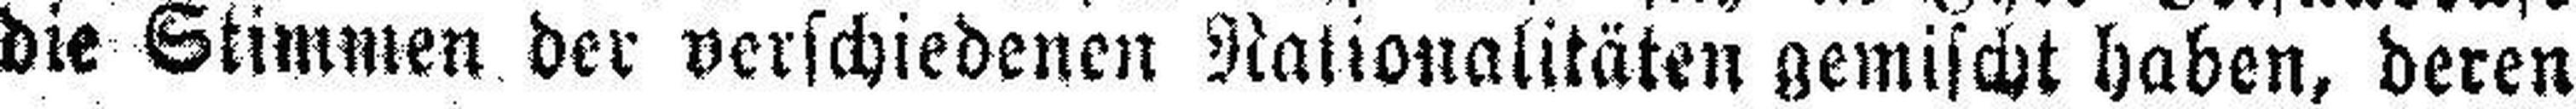
die Stimmen der verschiedenen Nationalitäten gemischt haben, deren